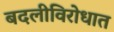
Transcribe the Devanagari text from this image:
बदलीविरोधात